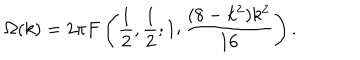
LaTeX: \Omega ( k ) = 2 \pi F \left( \frac { 1 } { 2 } , \frac { 1 } { 2 } ; 1 ; \frac { ( 8 - k ^ { 2 } ) k ^ { 2 } } { 1 6 } \right) .